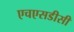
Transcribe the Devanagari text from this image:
एचएसडीसी